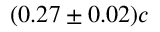
( 0 . 2 7 \pm 0 . 0 2 ) c